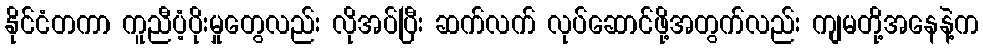
နိုင်ငံတကာ ကူညီပံ့ပိုးမှုတွေလည်း လိုအပ်ပြီး ဆက်လက် လုပ်ဆောင်ဖို့အတွက်လည်း ကျမတို့အနေနဲ့က